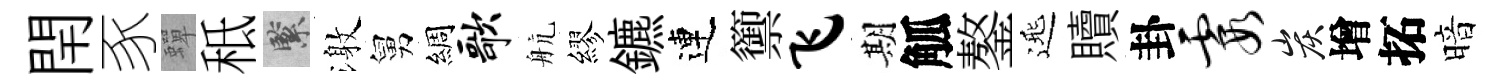
閈豕蟬秪緊激舅綢歌航繆鑣連籞飞期觚鏊𨓱贖卦霞炭增拓暗